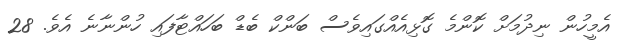
އެމީހުން ނިދުމަށް ކޮންމެ ގޮޅިއެއްގައިވެސް ބަންކް ބެޑް ބަހައްޓާފައި ހުންނާނެ އެވެ. 28